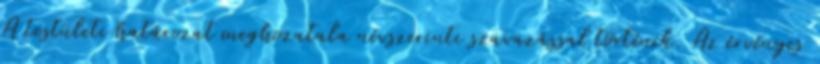
A testületi határozat meghozatala névszerinti szavazással történik. Az érvényes